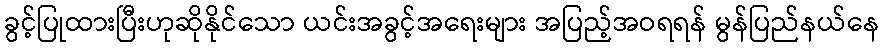
ခွင့်ပြုထားပြီးဟုဆိုနိုင်သော ယင်းအခွင့်အရေးများ အပြည့်အဝရရန် မွန်ပြည်နယ်နေ